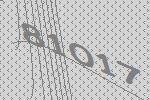
81017